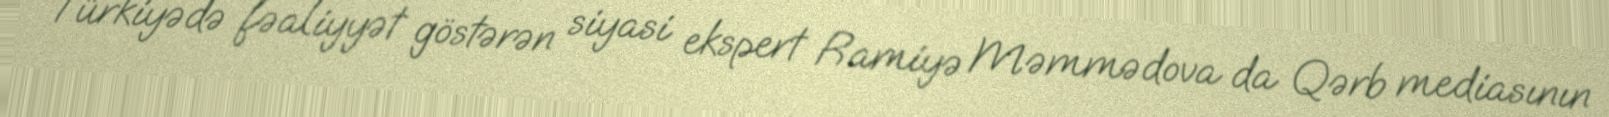
Türkiyədə fəaliyyət göstərən siyasi ekspert Ramiyə Məmmədova da Qərb mediasının